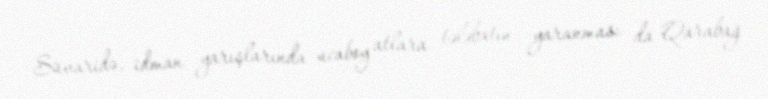
Süvaridə, idman yarışlarında ucaboy atlara tələbatın yaranması da Qarabağ